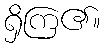
ရှိကြ၏။